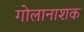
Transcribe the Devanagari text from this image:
गोलानाशक